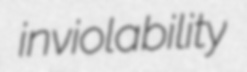
inviolability